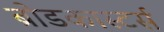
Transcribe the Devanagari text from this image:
ब्रोडकास्टर्स